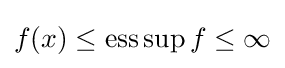
f(x)\leq \operatorname {ess} \sup f\leq \infty